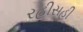
રહીસહી